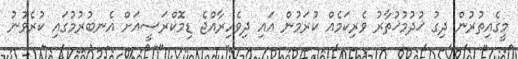
މީގެއިތުރުން ދިގު ޚުދުމުޚުތާރު ވެރިކަމެއް ކުރަމުން އައި ދިވެހިރާއްޖެ ޑިމޮކްރަސީއަށް އެނބުރުމުގައި ކުރެވުނު